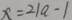
x = 2 1 a - 1